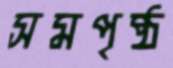
সমপৃষ্ঠ